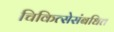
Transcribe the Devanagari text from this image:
चिकित्सेसंबधित